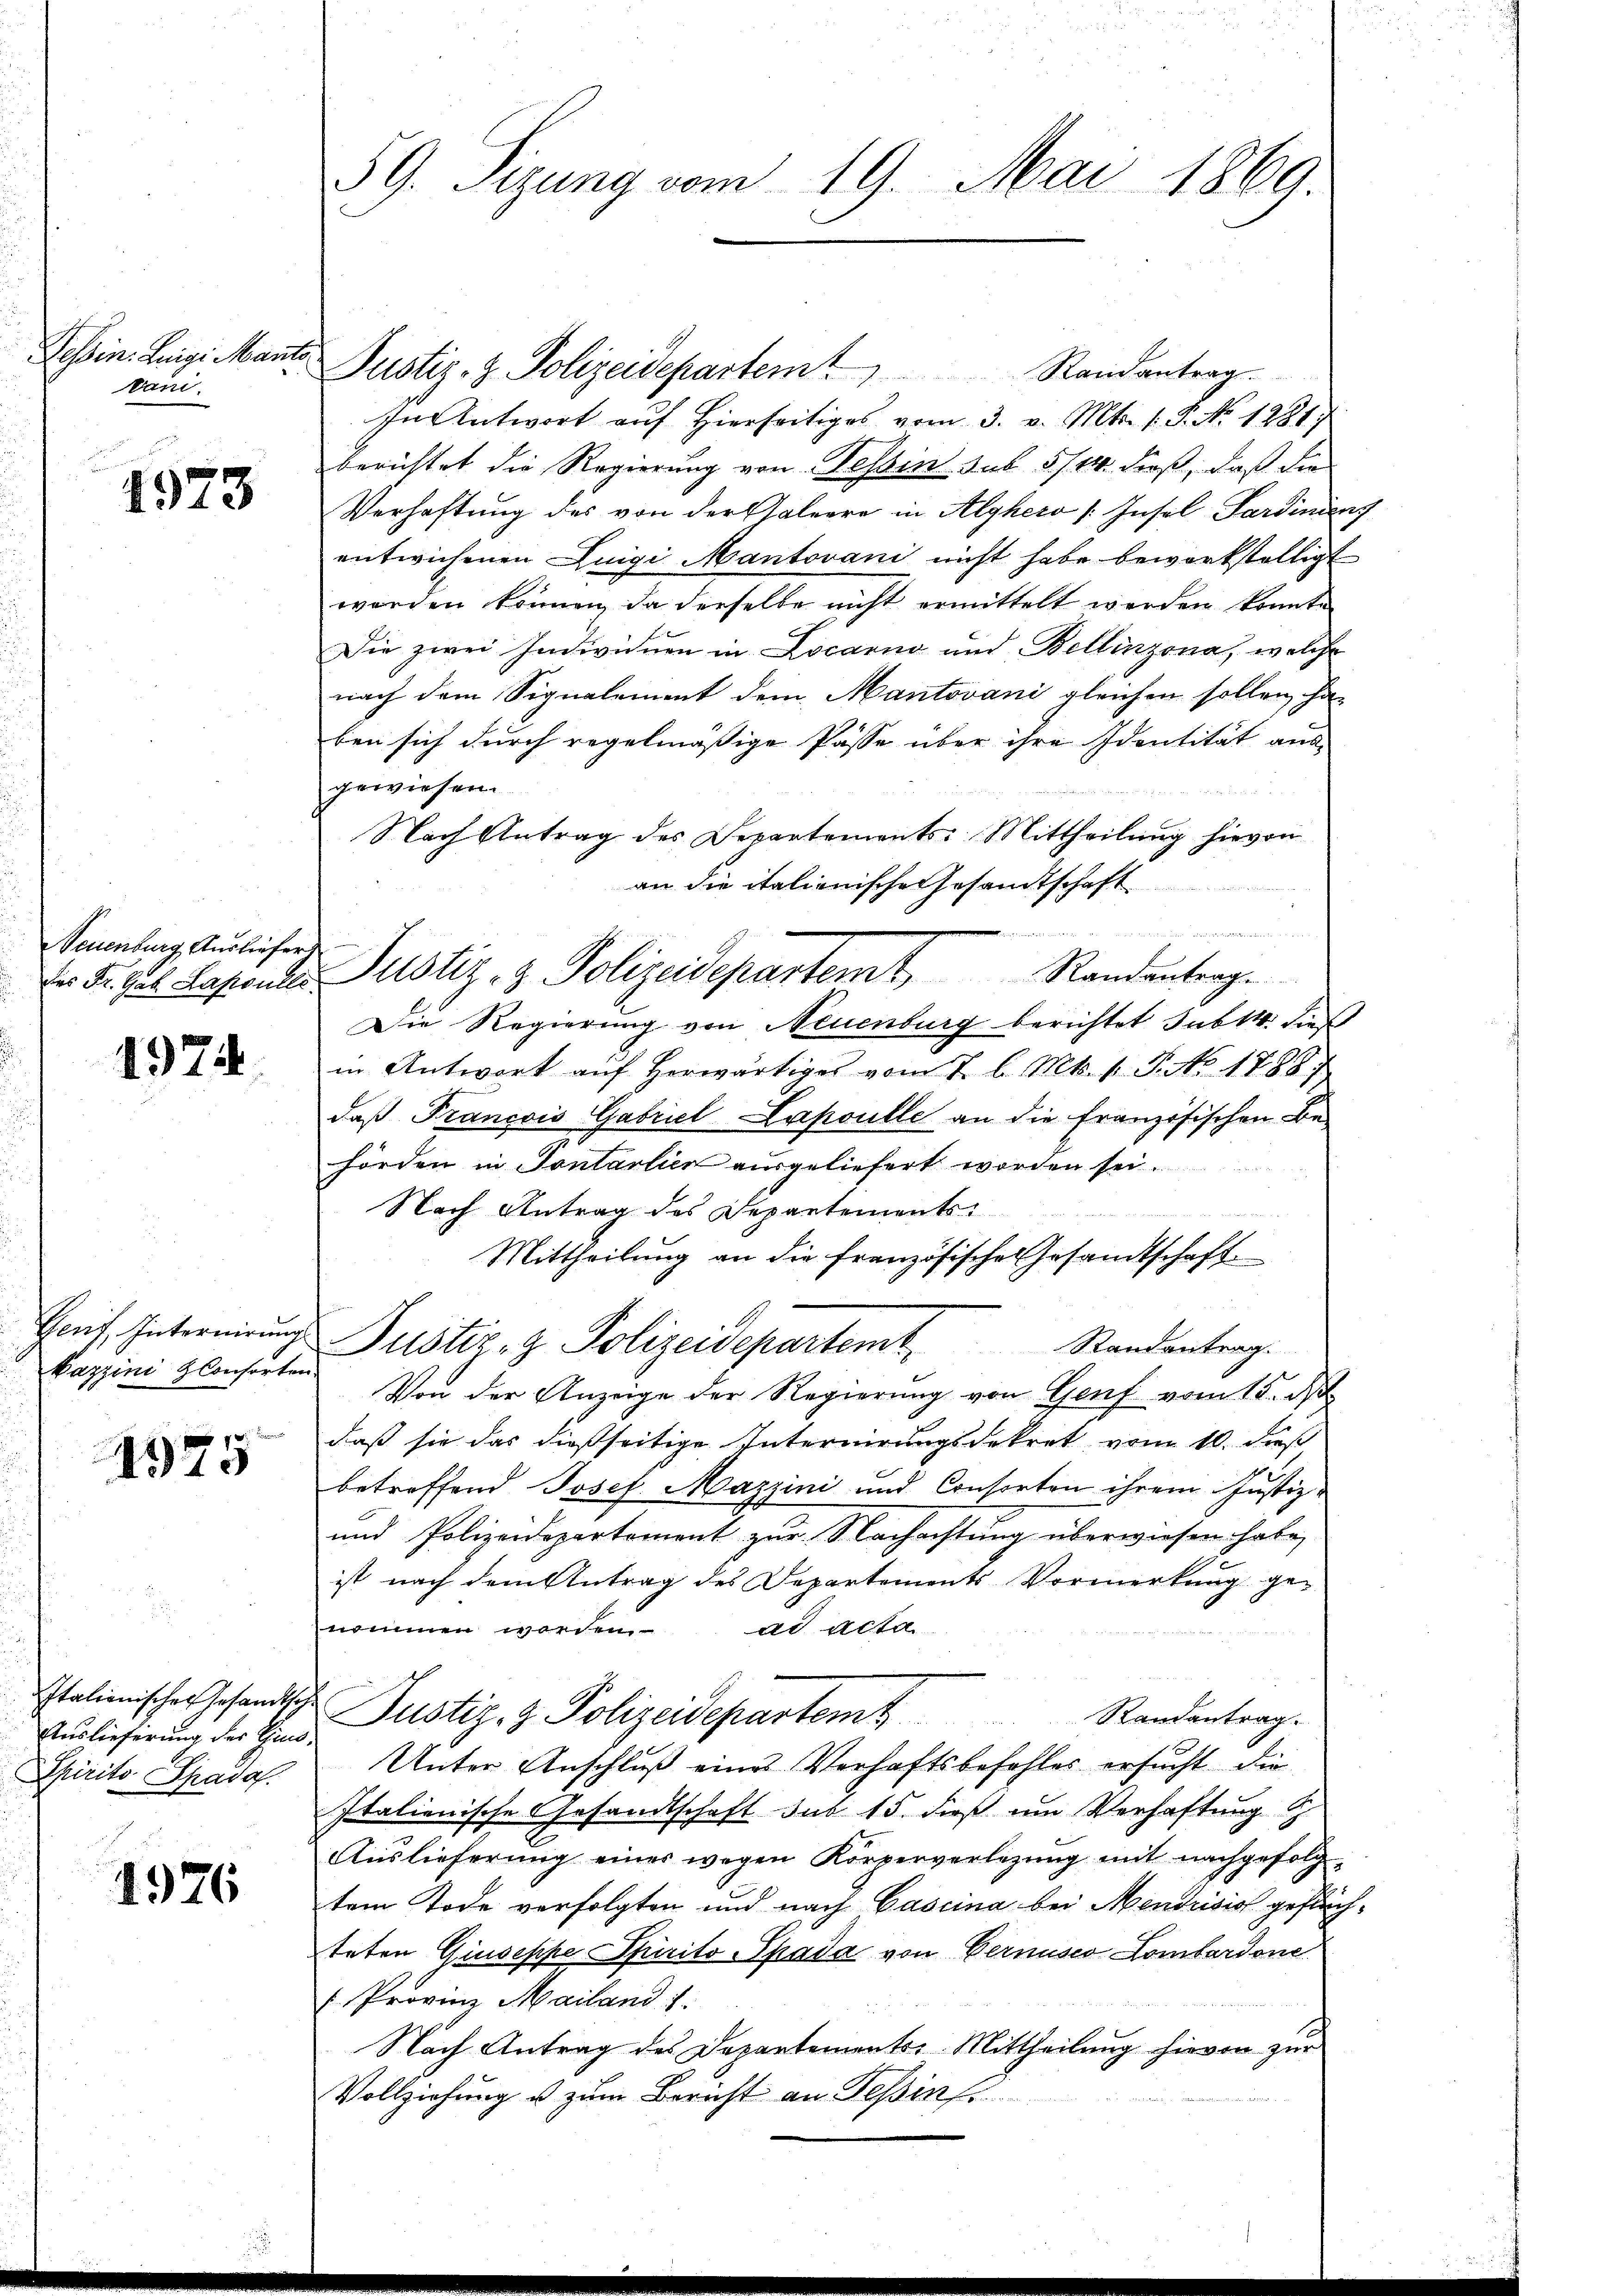
Tessin: Luigi Mann
ani.

1973

Neuenburg Ausliefer

1974.

kazzini Gleicherten

1575

Italienischer Gesandts¬
Auslieferung der Eins
Spirito Spadaf.

1926

59. Sizung vom 19. Mai 1869.

u Justiz- & Polizeidepartem Randantrag.
In Antwort aŭf hierseitiges vom 3. v. Mts. 1. P. Nr. 1281)
berichtet die Regierung von Tessin sub 5/14. dieß, daß die
Verhaftung des von der Galeere in Alyhero /:Insel Sardining
entwichenen Luigi Mantovani nicht habe bewerkstelligt
worden können, da derselbe nicht ermittelt werden konnte.
Die zwei Individuen in Locarno und Bellinzona, welche
nach dem Signalement dem Mantovani gleichen sollen ha-
ben sich durch regelmäßige Pässe über ihre Identität aus
gewiesen.
Nach Antrag des Departements: Mittheilung hievon
an die italienische Gesandtschaft
nd Mienen Herr
Die Regierung von Neuenburg berichtet sub 14. dies
in Antwort aŭf herwärtiges vom 2. l. Mts. 1. P. No. 1789.
daß Francois Gabriel Lapoulle an die französischen Be-
hörden in Pontalien ausgeliefert worden sei.
Nach Antrag des Departements¬
Mittheilung an die französisches Gesandtschaft
Hruf Internirung Justiz- & Polizeidepartemt, Standentrag.
Von der Anzeige der Regierung von Genf vom 15. d.
daß sie das dießseitige Internirungsdekret vom 10. dieß
betreffend Josef Mazzini und Consorten ihrem Justiz-
und Polizeidepartoment zur Nachachtung überwiesen habe,
ist nach dem Antrag des Departements Vormerkung genommen worden. ad acta
d Justiz- & Polizeidepartemb
Randantrag.
Unter Anschluß eines Verhaftsbefehler ersucht die
Italienische Gesandtschaft sub 15. dieß um Verhaftung
Auslieferŭng eines wegen Körperverlegŭng mit nachgefolg-
tem Tode verfolgten und nach Cascina bei Mendrisis gesuchteten Giuseppe Spirito -Spada von Gernuses Lombardone
 Provinz Mailand 1.
Nach Antrag des Departements. Mittheilung hievon zur
Vollziehung & zum Bericht an Teßins

Dr. Fr. sel. Hasenden Justiz- & Polizeidepartemt, Randantrage